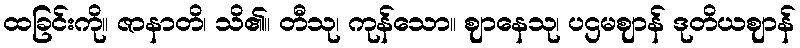
ထခြင်းကို။ ဇာနာတိ၊ သိ၏။ တီသု၊ ကုန်သော။ ဈာနေသု၊ ပဌမဈာန် ဒုတိယဈာန်